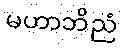
မဟာဘိညံ